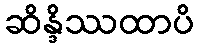
ဆိန္ဒိဿထာပိ